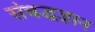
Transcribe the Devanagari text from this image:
संबद्धज्ञान